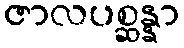
ဇာလပစ္ဆန္နာ